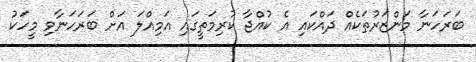
ބަރަހަނާ މަންޒަރުތަކެއް ދައްކައި އެ ކުއްޖާ ކުރިމަތީގައި އަމިއްލަ އަށް ބަރަހަނާވި މީހަކު